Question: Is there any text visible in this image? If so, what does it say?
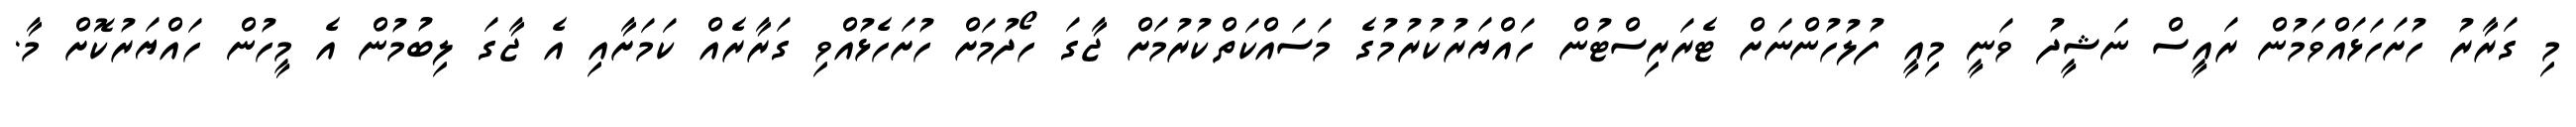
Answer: މި ގަރާރު ހުށަހަޅައްވަމުން ރައީސް ނަޝީދު ވަނީ މިއީ ފުލުހުންނަށް ޓެރަރިސްޓުން ހައްޔަރުކުރުމުގެ މަސައްކަތްކުރުމަށް ޖާގަ ހޯދުމަށް ހުށަހެޅުއްވި ގަރާރެއް ކަމަށާއި އެ ޖާގަ ލިބުމުން އެ މީހުން ހައްޔަރުކޮށް މާ.